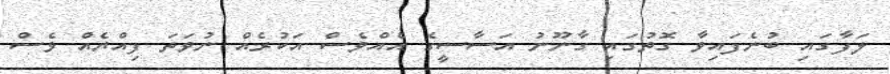
ލަފާގައި ބުނެފައިވާ ގޮތުގައި ގާނޫނު އަސާސީގެ އެއްވެސް އަކުރެއް ނުވަތަ ފިއްޔެއް ވެސް